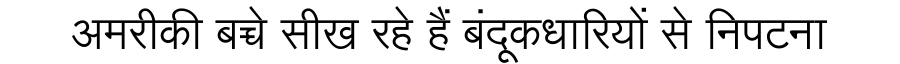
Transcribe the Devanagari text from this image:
अमरीकी बच्चे सीख रहे हैं बंदूकधारियों से निपटना